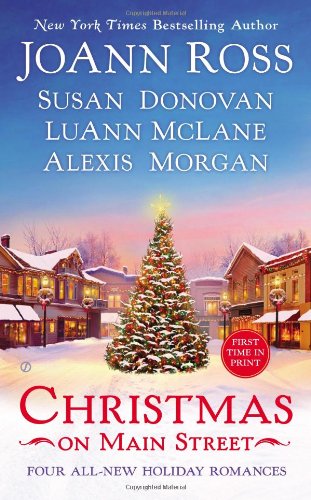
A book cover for Christmas on Main Street; Joann Ross; Romance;